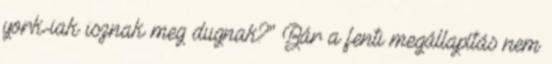
york-iak isznak meg dugnak?" Bár a fenti megállapítás nem